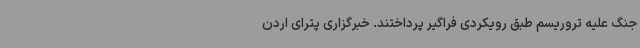
جنگ علیه تروریسم طبق رویکردی فراگیر پرداختند. خبرگزاری پترای اردن